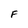
Character: F